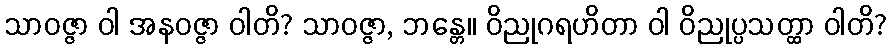
သာဝဇ္ဇာ ဝါ အနဝဇ္ဇာ ဝါတိ? သာဝဇ္ဇာ, ဘန္တေ။ ဝိညုဂရဟိတာ ဝါ ဝိညုပ္ပသတ္ထာ ဝါတိ?